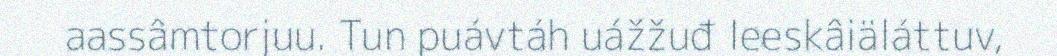
aassâmtorjuu. Tun puávtáh uážžuđ leeskâiäláttuv,